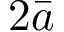
2 \bar { a }